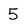
Character: 5